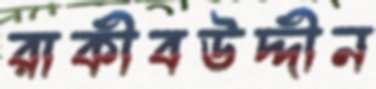
রাকীবউদ্দীন